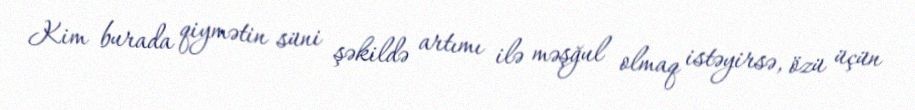
Kim burada qiymətin süni şəkildə artımı ilə məşğul olmaq istəyirsə, özü üçün